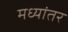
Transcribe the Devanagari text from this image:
मध्‍यांतर